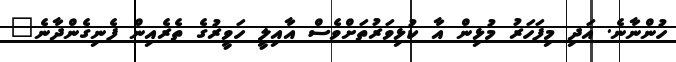
ހުންނާނެ. އަދި މިފަހަރު މުޅިން އާ ކުޅިވަރުތަށްވެސް އާއިލީ ހަވީރުގެ ތެރެއިން ފެނިގެންދާނެ"